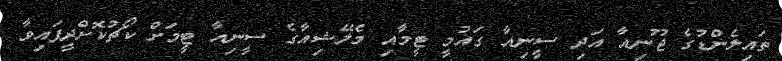
ތައިލެންޑުގެ ޖޫނިއާ އަދި ސީނިއާ ގައުމީ ޓީމާއި މެލޭޝިއާގެ ސީނިއާ ޓީމަށް ކޯޗުކޮށްދީފައިވާ